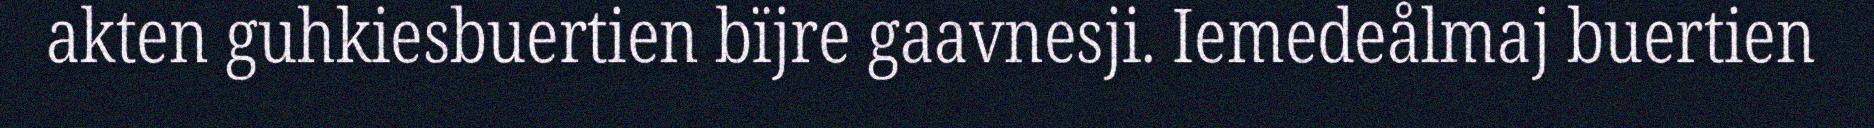
akten guhkiesbuertien bïjre gaavnesji. Iemedeålmaj buertien